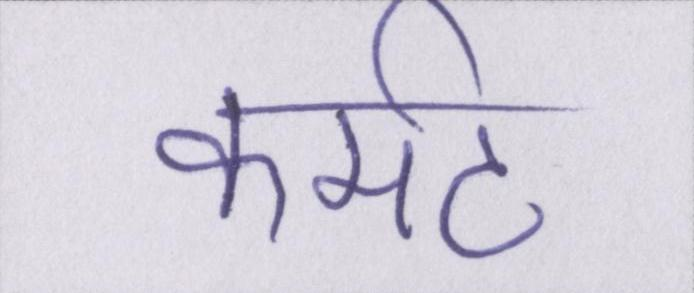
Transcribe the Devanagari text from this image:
कर्मठ